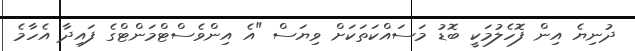
ދުނިޔެ އިން ފޮހެލުމަކީ ބޮޑު މަސައްކަތަކަށް ވިޔަސް "އެ އިންވެސްޓްމަންޓްގެ ފައިދާ އެހާމެ